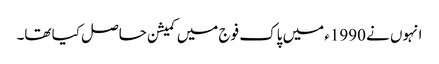
انہوں نے 1990ء میں پاک فوج میں کمیشن حاصل کیا تھا۔